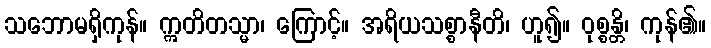
သဘောမရှိကုန်။ ဣတိတသ္မာ၊ ကြောင့်။ အရိယသစ္စာနီတိ၊ ဟူ၍။ ဝုစ္စန္တိ၊ ကုန်၏။